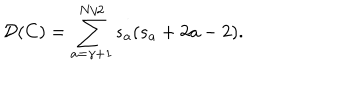
LaTeX: { \mathcal D } ( C ) = \sum _ { a = \gamma + 1 } ^ { N / 2 } s _ { a } ( s _ { a } + 2 a - 2 ) .